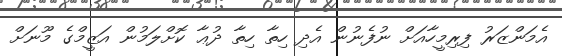
އެމަންޒަރު ފިރިމީހާއަށް ނުފެނުން އެދި ހިތާ ހިތާ ދުޢާ ކޮށްލަމުން އަޒީމްގެ މޫނަށް